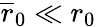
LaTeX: \overline{{r}}_{0}\ll r_{0}